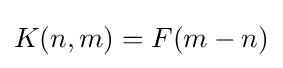
K(n,m)=F(m-n)